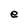
Character: e